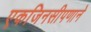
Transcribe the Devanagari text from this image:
एकजिनसीपणाने